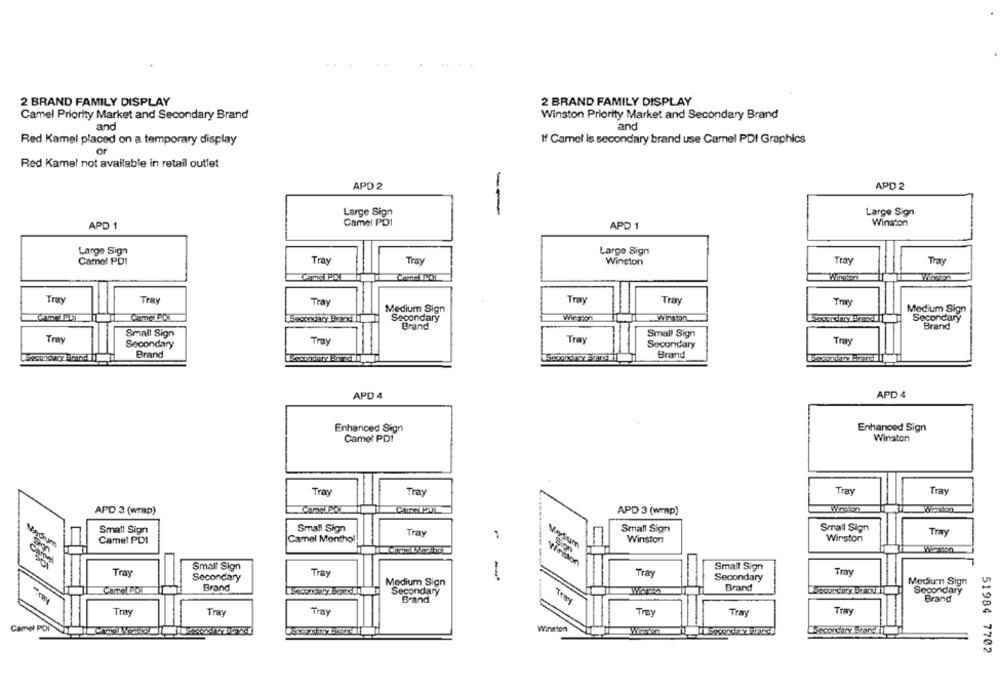
2 BRAND FAMILY DISPLAY
2 BRAND FAMILY DISPLAY
Camel Priority Market and Secondary Brand
Winston Priority Market and Secondary Brand
and
and
Red Kamel placed on a temporary display
If Camel is secondary brand use Camel PDI Graphics
or
Red Kamel not available in retail outlet
APD 2
APD 2
Large Sign
--
Large Sign
APD 1
Camel PD1
APD 1
Winston
Large Sign
Large Sign
Camel PDI
Tray
Tray
Winston
Tray
Tray
Tray
Tray
Tray
Tray
Tray
Tray
Medium Sign
Medium Sign
condary B
Secondary
Secondary
Brand
Brand
Try
Small Sign
Tray
Small Sign
Secondary
Tray
Secondary
Tray
Brand
Brand
APD 4
APD 4
Enhanced Sign
Enhanced Sign
Camel PDI
Winston
Tray
Tray
Tray
Tray
APD 3 (wrap)
APD 3 (wrap)
Small Sign
Small Sign
Tray
Small Sign
Small Sign
Tray
Camel PDI
Camel Menthol
Winston
Winston
Vosum
Small Sign
Small Sign
Tray
Tray
Tray
Tray
Secondary
-
Secondary
Mediurn Sign
Brand
Medium Sign
Brand
Secondary
Secondary
-ray
Brand
Brand
Tray
Tray
Tray
Troy
Tray
Tray
Camel PDI
Winston
51984 7702